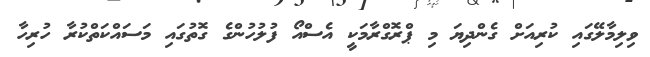
ވިލިމާލޭގައި ކުރިއަށް ގެންދިޔަ މި ޕްރޮގްރާމަކީ އެސްއޯ ފުލުހުންގެ ގޮތުގައި މަސައްކަތްކުރާ ހުރިހާ